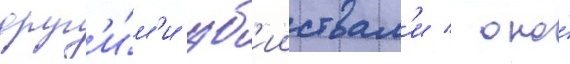
друг'и́м'и уб'ииствам'и / оно́